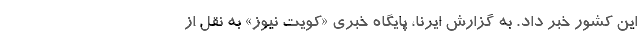
این کشور خبر داد. به گزارش ایرنا، پایگاه خبری «کویت نیوز» به نقل از